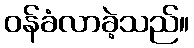
ဝန်ခံလာခဲ့သည်။